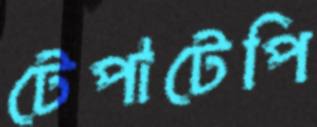
টেপাটেপি